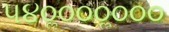
૫૪૦ૢ૦૦૦ૢ૦૦૦